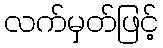
လက်မှတ်ဖြင့်